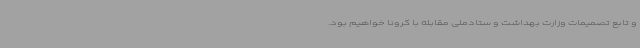
و تابع تصمیمات وزارت بهداشت و ستادملی مقابله با کرونا خواهیم بود.